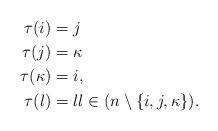
LaTeX: \begin{align*}\tau(i)&=j\\\tau(j)&=\kappa\\\tau(\kappa)&=i, \\\tau(l)&=l l\in(n\setminus\{i, j,\kappa\}).\end{align*}